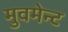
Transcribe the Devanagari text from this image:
मुवमेन्ट